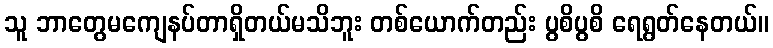
သူ ဘာတွေမကျေနပ်တာရှိတယ်မသိဘူး တစ်ယောက်တည်း ပွစိပွစိ ရေရွတ်နေတယ်။